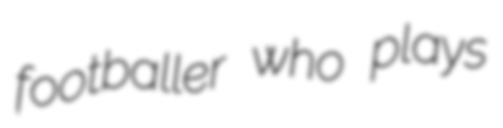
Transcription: footballer who plays